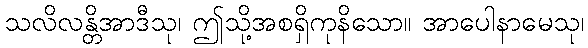
သလိလန္တိအာဒီသု၊ ဤသို့အစရှိကုနိသော။ အာပေါနာမေသု၊